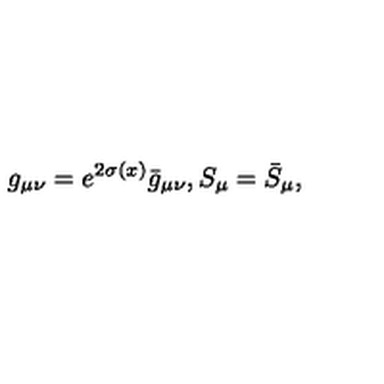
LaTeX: g _ { \mu \nu } = e ^ { 2 \sigma ( x ) } \bar { g } _ { \mu \nu } , S _ { \mu } = \bar { S } _ { \mu } ,